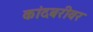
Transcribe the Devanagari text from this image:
कांदबरीवर